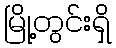
မြို့တွင်းရှိ